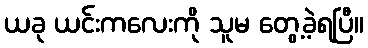
ယခု ယင်းကလေးကို သူမ တွေ့ခဲ့ရပြီ။